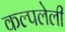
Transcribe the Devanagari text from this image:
कल्पलेली